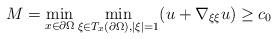
LaTeX: \begin{align*}M=\min_{x\in\partial\Omega} \min_{\xi\in T_x(\partial\Omega), |\xi|=1} (u+\nabla_{\xi\xi}u)\geq c_0\end{align*}